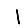
Digit: 1